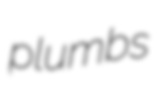
plumbs